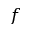
\boldsymbol { f }